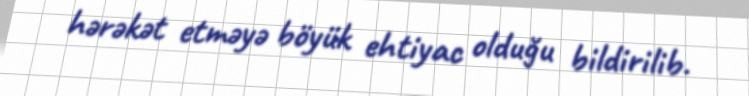
hərəkət etməyə böyük ehtiyac olduğu bildirilib.